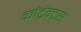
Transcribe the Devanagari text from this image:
कोंट्रेक्ट्स